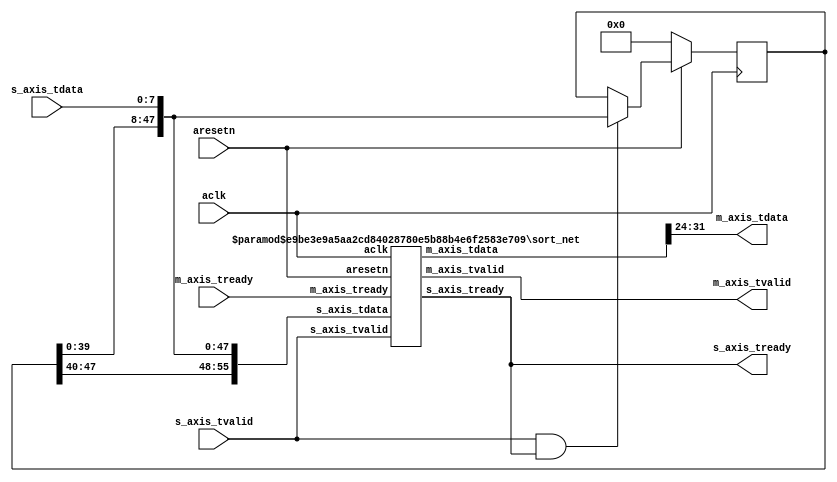
`timescale 1ns / 1ps
//////////////////////////////////////////////////////////////////////////////////
// Company: 
// 
// Design Name: 
// Module Name: filt_median
// Project Name: 
// Target Devices:
// Tool Versions:
// Description: Median Filter
// Dependencies: 
// Revision:
// Revision 0.01 - File Created
// Additional Comments:
// License: MIT
//  Copyright (c) 2020 Dmitry Matyunin
//  Permission is hereby granted, free of charge, to any person obtaining a copy
//  of this software and associated documentation files (the "Software"), to deal
//  in the Software without restriction, including without limitation the rights
//  to use, copy, modify, merge, publish, distribute, sublicense, and/or sell
//  copies of the Software, and to permit persons to whom the Software is
//  furnished to do so, subject to the following conditions:
//
//  The above copyright notice and this permission notice shall be included in
//  all copies or substantial portions of the Software.
//
//  THE SOFTWARE IS PROVIDED "AS IS", WITHOUT WARRANTY OF ANY KIND, EXPRESS OR
//  IMPLIED, INCLUDING BUT NOT LIMITED TO THE WARRANTIES OF MERCHANTABILITY
//  FITNESS FOR A PARTICULAR PURPOSE AND NONINFRINGEMENT. IN NO EVENT SHALL THE
//  AUTHORS OR COPYRIGHT HOLDERS BE LIABLE FOR ANY CLAIM, DAMAGES OR OTHER
//  LIABILITY, WHETHER IN AN ACTION OF CONTRACT, TORT OR OTHERWISE, ARISING FROM,
//  OUT OF OR IN CONNECTION WITH THE SOFTWARE OR THE USE OR OTHER DEALINGS IN
//  THE SOFTWARE.
// 
//////////////////////////////////////////////////////////////////////////////////

module filt_median #(
	parameter DATA_WIDTH = 8,	// Data Width
	parameter ORDER = 7,		// Filter Order
	parameter FORMAT = 0		// Number Format: 0 - unsigned, 1 - signed
)
(
	input wire aclk,
	input wire aresetn,
	input wire [DATA_WIDTH-1:0]s_axis_tdata,
	input wire s_axis_tvalid,
	output wire s_axis_tready,
	output wire [DATA_WIDTH-1:0]m_axis_tdata,
	output wire m_axis_tvalid,
	input wire m_axis_tready
);

reg [DATA_WIDTH*(ORDER-1)-1:0]shift;
wire [DATA_WIDTH*ORDER-1:0]data_out;

assign m_axis_tdata = data_out[DATA_WIDTH*(ORDER/2+1)-1-:DATA_WIDTH];

always @(posedge aclk) begin
	if (aresetn == 1'b0) begin
		shift <= 0;
	end else begin
		if (s_axis_tvalid & s_axis_tready) begin
			shift <= {shift[DATA_WIDTH*(ORDER-2)-1:0],s_axis_tdata};
		end
	end
end

sort_net #(
	.DATA_WIDTH(DATA_WIDTH),
	.CHAN_NUM(ORDER),
	.DIR(0),
	.SIGNED(FORMAT)
) sort_net_inst (
	.aclk(aclk),
	.aresetn(aresetn),
	.s_axis_tdata({shift,s_axis_tdata}),
	.s_axis_tvalid(s_axis_tvalid),
	.s_axis_tready(s_axis_tready),
	.m_axis_tdata(data_out),
	.m_axis_tvalid(m_axis_tvalid),
	.m_axis_tready(m_axis_tready)
);
	
endmodule

module sort_net #(
	parameter DATA_WIDTH = 16,
	parameter CHAN_NUM = 32,
	parameter DIR = 0,
	parameter SIGNED = 0
)
(
	input wire aclk,
	input wire aresetn,
	input wire [DATA_WIDTH*CHAN_NUM-1:0]s_axis_tdata,
	input wire s_axis_tvalid,
	output wire s_axis_tready,
	output wire [DATA_WIDTH*CHAN_NUM-1:0]m_axis_tdata,
	output wire m_axis_tvalid,
	input wire m_axis_tready
);

localparam CHAN_ACT = 2**$clog2(CHAN_NUM);
localparam CHAN_ADD = CHAN_ACT - CHAN_NUM;

localparam STAGES = $clog2(CHAN_ACT);
localparam STAGE_DATA_WIDTH = DATA_WIDTH*CHAN_ACT;

wire [STAGE_DATA_WIDTH-1:0]axis_stage_tdata[STAGES:0];
wire [STAGE_DATA_WIDTH-1:0]m_axis_tdata_tmp;
wire [STAGES:0]axis_stage_tvalid;
wire [STAGES:0]axis_stage_tready;

assign axis_stage_tdata[0] = {s_axis_tdata, {CHAN_ADD{SIGNED?{1'b1,{(DATA_WIDTH-1){1'b0}}}:{DATA_WIDTH{1'b0}}}}};
assign axis_stage_tvalid[0] = s_axis_tvalid;
assign s_axis_tready = axis_stage_tready[0];
assign m_axis_tdata_tmp = axis_stage_tdata[STAGES];
assign m_axis_tdata = DIR ? m_axis_tdata_tmp[DATA_WIDTH*CHAN_NUM-1:0] : m_axis_tdata_tmp[DATA_WIDTH*CHAN_ACT-1-:DATA_WIDTH*CHAN_NUM];
assign m_axis_tvalid = axis_stage_tvalid[STAGES];
assign axis_stage_tready[STAGES] = m_axis_tready;

genvar stage;
genvar block;

generate for (stage = 0; stage < STAGES; stage = stage + 1) begin: SORT_STAGE
	localparam BLOCKS = CHAN_ACT / 2**(stage+1);
	localparam BLOCK_ORDER = stage;
		
	wire [STAGE_DATA_WIDTH-1:0]s_axis_stage_tdata;
	wire s_axis_stage_tvalid;
	wire s_axis_stage_tready;
	wire [STAGE_DATA_WIDTH-1:0]m_axis_stage_tdata;
	wire m_axis_stage_tvalid;
	wire m_axis_stage_tready;
		
	assign s_axis_stage_tdata = axis_stage_tdata[stage];
	assign s_axis_stage_tvalid = axis_stage_tvalid[stage];
	assign axis_stage_tready[stage] = s_axis_stage_tready;
	assign axis_stage_tdata[stage + 1] = m_axis_stage_tdata;
	assign m_axis_stage_tready = axis_stage_tready[stage + 1];
	assign axis_stage_tvalid[stage + 1] = m_axis_stage_tvalid;

	for (block = 0; block < BLOCKS; block = block + 1) begin: BLOCK
		localparam BLOCK_DATA_WIDTH = DATA_WIDTH*2**(BLOCK_ORDER+1);
		localparam BLOCK_POLARITY = DIR ? (~block & 1) : (block & 1);
			
		wire [BLOCK_DATA_WIDTH-1:0]s_axis_block_tdata;
		wire [BLOCK_DATA_WIDTH-1:0]m_axis_block_tdata;
			
		assign s_axis_block_tdata = s_axis_stage_tdata[BLOCK_DATA_WIDTH*(block+1)-1-:BLOCK_DATA_WIDTH];
		assign m_axis_stage_tdata[BLOCK_DATA_WIDTH*(block+1)-1-:BLOCK_DATA_WIDTH] = m_axis_block_tdata;
		
		if (block == 0) begin
			sort_net_block #(
				.DATA_WIDTH(DATA_WIDTH),
				.ORDER(BLOCK_ORDER),
				.POLARITY(BLOCK_POLARITY),
				.SIGNED(SIGNED)
			) snb_inst (
				.aclk(aclk),
				.aresetn(aresetn),
				.s_axis_tdata(s_axis_block_tdata),
				.s_axis_tvalid(s_axis_stage_tvalid),
				.s_axis_tready(s_axis_stage_tready),
				.m_axis_tdata(m_axis_block_tdata),
				.m_axis_tvalid(m_axis_stage_tvalid),
				.m_axis_tready(m_axis_stage_tready)
			);
		end else begin
			sort_net_block #(
				.DATA_WIDTH(DATA_WIDTH),
				.ORDER(BLOCK_ORDER),
				.POLARITY(BLOCK_POLARITY),
				.SIGNED(SIGNED)
			) snb_inst (
				.aclk(aclk),
				.aresetn(aresetn),
				.s_axis_tdata(s_axis_block_tdata),
				.s_axis_tvalid(s_axis_stage_tvalid),
				.s_axis_tready(),
				.m_axis_tdata(m_axis_block_tdata),
				.m_axis_tvalid(),
				.m_axis_tready(m_axis_stage_tready)
			);
		end
	end
end endgenerate

endmodule

module sort_net_block #(
	parameter DATA_WIDTH = 16,
	parameter ORDER = 0,
	parameter POLARITY = 0,
	parameter SIGNED = 0
)
(
	input wire aclk,
	input wire aresetn,
	input wire [DATA_WIDTH*2**(ORDER+1)-1:0]s_axis_tdata,
	input wire s_axis_tvalid,
	output wire s_axis_tready,
	output wire [DATA_WIDTH*2**(ORDER+1)-1:0]m_axis_tdata,
	output wire m_axis_tvalid,
	input wire m_axis_tready
);

localparam STAGES = ORDER + 1;
localparam STAGE_DATA_WIDTH = DATA_WIDTH*2**(ORDER+1);

wire [DATA_WIDTH*2**(ORDER+1)-1:0]axis_stage_tdata[STAGES:0];
wire [STAGES:0]axis_stage_tvalid;
wire [STAGES:0]axis_stage_tready;

assign axis_stage_tdata[0] = s_axis_tdata;
assign axis_stage_tvalid[0] = s_axis_tvalid;
assign s_axis_tready = axis_stage_tready[0];
assign m_axis_tdata = axis_stage_tdata[STAGES];
assign m_axis_tvalid = axis_stage_tvalid[STAGES];
assign axis_stage_tready[STAGES] = m_axis_tready;

genvar stage;
genvar node;

generate for (stage = 0; stage < STAGES; stage = stage + 1) begin: BLOCK_STAGE
	localparam NODES = 2**stage;
	localparam NODE_ORDER = STAGES - stage - 1;
		
	wire [STAGE_DATA_WIDTH-1:0]s_axis_stage_tdata;
	wire s_axis_stage_tvalid;
	wire s_axis_stage_tready;
	wire [STAGE_DATA_WIDTH-1:0]m_axis_stage_tdata;
	wire m_axis_stage_tvalid;
	wire m_axis_stage_tready;
		
	assign s_axis_stage_tdata = axis_stage_tdata[stage];
	assign s_axis_stage_tvalid = axis_stage_tvalid[stage];
	assign axis_stage_tready[stage] = s_axis_stage_tready;
	assign axis_stage_tdata[stage + 1] = m_axis_stage_tdata;
	assign m_axis_stage_tready = axis_stage_tready[stage + 1];
	assign axis_stage_tvalid[stage + 1] = m_axis_stage_tvalid;
		
	for (node = 0; node < NODES; node = node + 1) begin: NODE
		localparam NODE_DATA_WIDTH = DATA_WIDTH*2**(NODE_ORDER+1);
		
		wire [NODE_DATA_WIDTH-1:0]s_axis_node_tdata;
		wire [NODE_DATA_WIDTH-1:0]m_axis_node_tdata;
			
		assign s_axis_node_tdata = s_axis_stage_tdata[NODE_DATA_WIDTH*(node + 1)-1-:NODE_DATA_WIDTH];
		assign m_axis_stage_tdata[NODE_DATA_WIDTH*(node + 1)-1-:NODE_DATA_WIDTH] = m_axis_node_tdata;
		
		if (node == 0) begin
			sort_net_node #(
				.DATA_WIDTH(DATA_WIDTH),
				.ORDER(NODE_ORDER),
				.POLARITY(POLARITY),
				.SIGNED(SIGNED)
			) snn_inst (
				.aclk(aclk),
				.aresetn(aresetn),
				.s_axis_tdata(s_axis_node_tdata),
				.s_axis_tvalid(s_axis_stage_tvalid),
				.s_axis_tready(s_axis_stage_tready),
				.m_axis_tdata(m_axis_node_tdata),
				.m_axis_tvalid(m_axis_stage_tvalid),
				.m_axis_tready(m_axis_stage_tready)
			);
		end else begin
			sort_net_node #(
				.DATA_WIDTH(DATA_WIDTH),
				.ORDER(NODE_ORDER),
				.POLARITY(POLARITY),
				.SIGNED(SIGNED)
			) snn_inst (
				.aclk(aclk),
				.aresetn(aresetn),
				.s_axis_tdata(s_axis_node_tdata),
				.s_axis_tvalid(s_axis_stage_tvalid),
				.s_axis_tready(),
				.m_axis_tdata(m_axis_node_tdata),
				.m_axis_tvalid(),
				.m_axis_tready(m_axis_stage_tready)
			);
		end
	end
end endgenerate

endmodule

module sort_net_node #(
	parameter DATA_WIDTH = 16,
	parameter ORDER = 0,
	parameter POLARITY = 0,
	parameter SIGNED = 0
)
(
	input wire aclk,
	input wire aresetn,
	input wire [DATA_WIDTH*2**(ORDER+1)-1:0]s_axis_tdata,
	input wire s_axis_tvalid,
	output wire s_axis_tready,
	output wire [DATA_WIDTH*2**(ORDER+1)-1:0]m_axis_tdata,
	output wire m_axis_tvalid,
	input wire m_axis_tready
);

localparam COMP_NUM = 2**ORDER;

genvar i;

generate for (i = 0; i < COMP_NUM; i = i + 1) begin: COMP
	wire [DATA_WIDTH-1:0]a;
	wire [DATA_WIDTH-1:0]b;
	wire [DATA_WIDTH-1:0]h;
	wire [DATA_WIDTH-1:0]l;
	
	assign a = s_axis_tdata[DATA_WIDTH*(i + 1 + COMP_NUM * 0)-1-:DATA_WIDTH];
	assign b = s_axis_tdata[DATA_WIDTH*(i + 1 + COMP_NUM * 1)-1-:DATA_WIDTH];
	assign m_axis_tdata[DATA_WIDTH*(i + 1 + COMP_NUM * 0)-1-:DATA_WIDTH] = h;
	assign m_axis_tdata[DATA_WIDTH*(i + 1 + COMP_NUM * 1)-1-:DATA_WIDTH] = l;

	if (i == 0) begin
		sort_net_comp #(
			.DATA_WIDTH(DATA_WIDTH),
			.POLARITY(POLARITY),
			.SIGNED(SIGNED)
		) snc_inst (
			.aclk(aclk),
			.aresetn(aresetn),
			.s_axis_tdata({b,a}),
			.s_axis_tvalid(s_axis_tvalid),
			.s_axis_tready(s_axis_tready),
			.m_axis_tdata({h,l}),
			.m_axis_tvalid(m_axis_tvalid),
			.m_axis_tready(m_axis_tready)
		);
	end else begin
		sort_net_comp #(
			.DATA_WIDTH(DATA_WIDTH),
			.POLARITY(POLARITY),
			.SIGNED(SIGNED)
		) snc_inst (
			.aclk(aclk),
			.aresetn(aresetn),
			.s_axis_tdata({b,a}),
			.s_axis_tvalid(s_axis_tvalid),
			.s_axis_tready(),
			.m_axis_tdata({h,l}),
			.m_axis_tvalid(),
			.m_axis_tready(m_axis_tready)
		);
	end
end endgenerate

endmodule

module sort_net_comp #(
	parameter DATA_WIDTH = 16,
	parameter POLARITY = 0,
	parameter SIGNED = 0
)
(
	input wire aclk,
	input wire aresetn,
	input wire [DATA_WIDTH*2-1:0]s_axis_tdata,
	input wire s_axis_tvalid,
	output wire s_axis_tready,
	output wire [DATA_WIDTH*2-1:0]m_axis_tdata,
	output wire m_axis_tvalid,
	input wire m_axis_tready
);

wire [DATA_WIDTH-1:0]a;
wire [DATA_WIDTH-1:0]b;
reg [DATA_WIDTH-1:0]h;
reg [DATA_WIDTH-1:0]l;
reg cmp_done;
wire valid_i;
wire valid_o;
wire less;

assign valid_i = s_axis_tvalid & s_axis_tready;
assign valid_o = m_axis_tvalid & m_axis_tready;
assign s_axis_tready = (cmp_done ? m_axis_tready : 1'b1) & aresetn;
assign m_axis_tvalid = cmp_done & aresetn;
assign m_axis_tdata = {h,l};

assign a = s_axis_tdata[DATA_WIDTH*1-1-:DATA_WIDTH];
assign b = s_axis_tdata[DATA_WIDTH*2-1-:DATA_WIDTH];
assign less = (SIGNED == 0) ? ($unsigned(a) < $unsigned(b)) : $signed(a) < $signed(b);

always @(posedge aclk) begin
	if (aresetn == 1'b0) begin
		h <= 0;
		l <= 0;
	end else begin
		if (valid_i == 1'b1) begin
			if (POLARITY == 0) begin
				h <= (less) ? a : b;
				l <= (less) ? b : a;
			end else begin
				h <= (less) ? b : a;
				l <= (less) ? a : b;
			end
		end
	end
end

always @(posedge aclk) begin
	if (aresetn == 1'b0) begin
		cmp_done <= 1'b0;
	end else begin
		case ({valid_i,valid_o})
		2'b01: cmp_done <= 1'b0;
		2'b10: cmp_done <= 1'b1;
		default: cmp_done <= cmp_done;
		endcase
	end
end	

endmodule